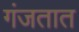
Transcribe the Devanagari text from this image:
गंजतात